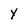
Character: Y